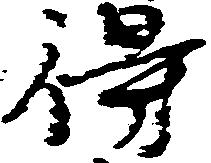
得